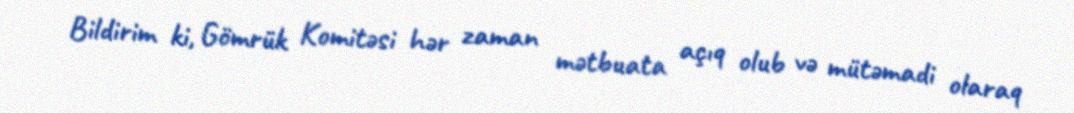
Bildirim ki, Gömrük Komitəsi hər zaman mətbuata açıq olub və mütəmadi olaraq